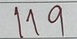
119